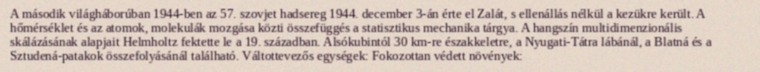
A második világháborúban 1944-ben az 57. szovjet hadsereg 1944. december 3-án érte el Zalát, s ellenállás nélkül a kezükre került. A hőmérséklet és az atomok, molekulák mozgása közti összefüggés a statisztikus mechanika tárgya. A hangszín multidimenzionális skálázásának alapjait Helmholtz fektette le a 19. században. Alsókubintól 30 km-re északkeletre, a Nyugati-Tátra lábánál, a Blatná és a Sztudená-patakok összefolyásánál található. Váltottevezős egységek: Fokozottan védett növények: